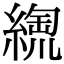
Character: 𦃥